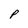
Character: p